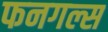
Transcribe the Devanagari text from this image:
फनगल्स